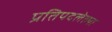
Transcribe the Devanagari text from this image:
प्रतिपदलेल्या